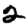
Digit: 2